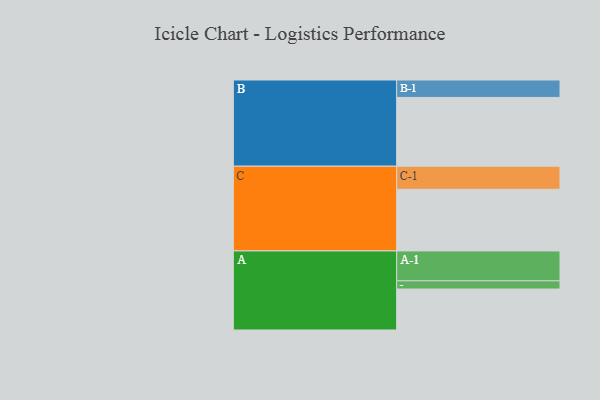
{"axis": {"x": "Segment", "y": "Value"}, "legend": ["", "A", "B", "C"], "data": [{"x": "A", "y": 355, "type": ""}, {"x": "B", "y": 596, "type": ""}, {"x": "C", "y": 534, "type": ""}, {"x": "A-1", "y": 259, "type": "A"}, {"x": "A-2", "y": 71, "type": "A"}, {"x": "B-1", "y": 151, "type": "B"}, {"x": "C-1", "y": 200, "type": "C"}]}